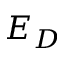
E _ { D }